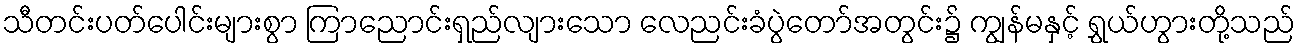
သီတင်းပတ်ပေါင်းများစွာ ကြာညောင်းရှည်လျားသော လေညင်းခံပွဲတော်အတွင်း၌ ကျွန်မနှင့် ရွှယ်ဟွားတို့သည်